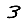
Digit: 3